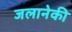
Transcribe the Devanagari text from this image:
जलानेकी